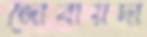
জোবায়দা